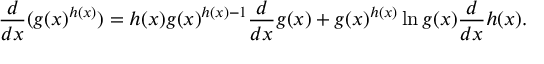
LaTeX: { \frac { d } { d x } } ( g ( x ) ^ { h ( x ) } ) = h ( x ) g ( x ) ^ { h ( x ) - 1 } { \frac { d } { d x } } g ( x ) + g ( x ) ^ { h ( x ) } \ln g ( x ) { \frac { d } { d x } } h ( x ) .